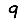
Digit: 9